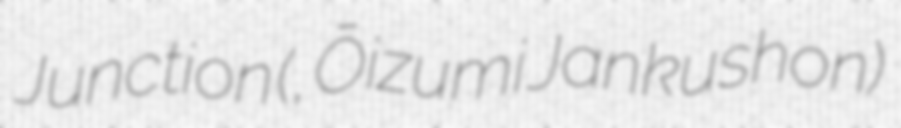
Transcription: Junction (大泉ジャンクション, Ōizumi Jankushon)